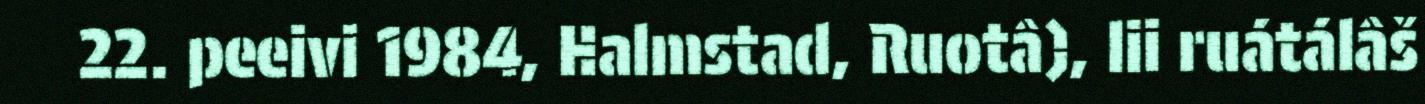
22. peeivi 1984, Halmstad, Ruotâ), lii ruátálâš